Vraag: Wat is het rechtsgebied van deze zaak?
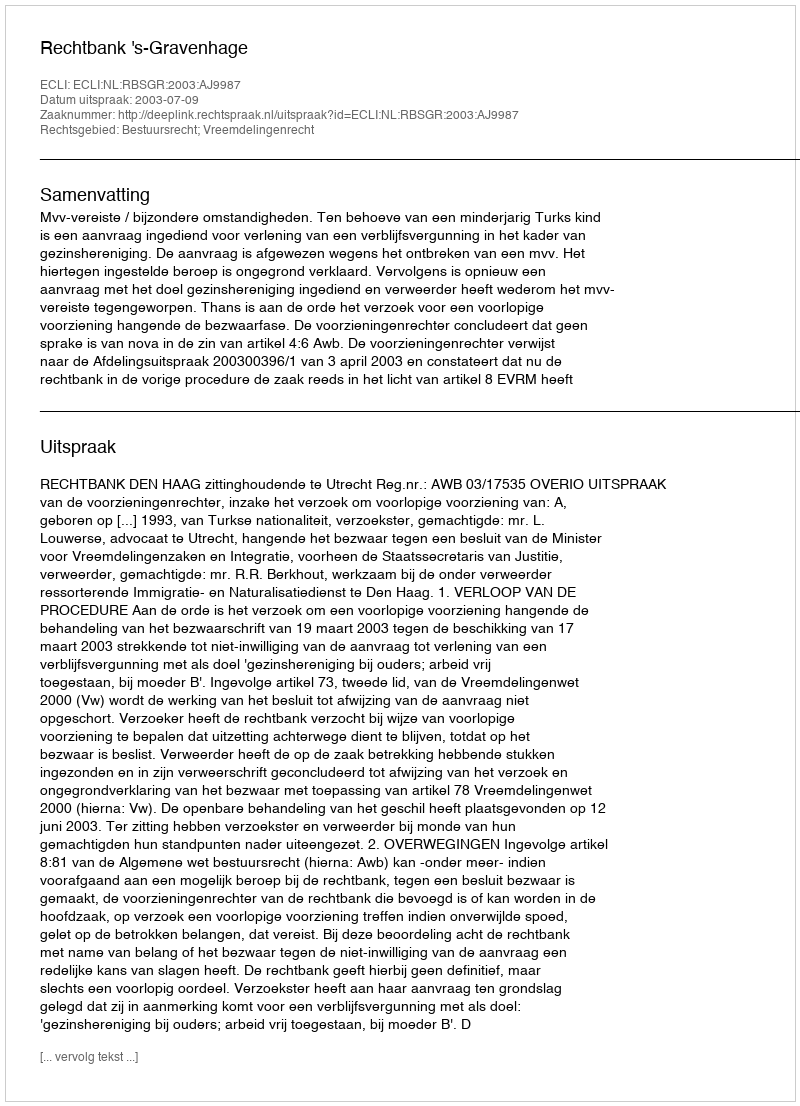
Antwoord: Bestuursrecht; Vreemdelingenrecht